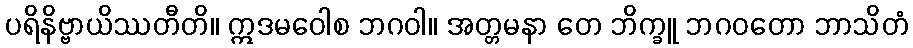
ပရိနိဗ္ဗာယိဿတီတိ။ ဣဒမဝေါစ ဘဂဝါ။ အတ္တမနာ တေ ဘိက္ခူ ဘဂဝတော ဘာသိတံ